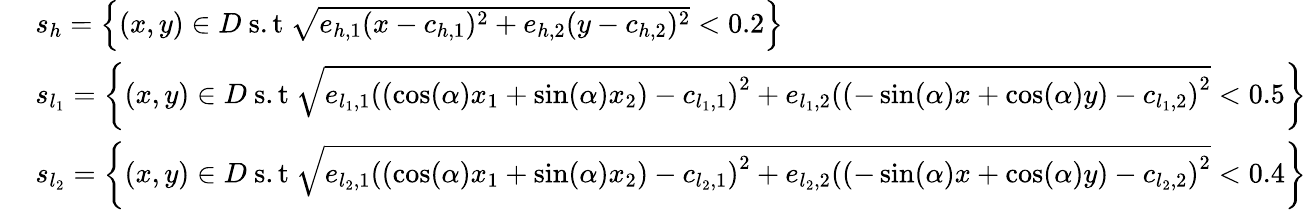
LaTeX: \begin{array}{rl}&{s_{h}=\left\{ (x,y)\in D~\mathrm{s.t}~\sqrt{e_{h,1}(x-c_{h,1})^{2}+e_{h,2}(y-c_{h,2})^{2}}<0.2\right\} }\\ {\ }&{s_{l_{1}}=\left\{ (x,y)\in D~\mathrm{s.t}~\sqrt{e_{l_{1},1}\left(\left(\cos(\alpha)x_{1}+\sin(\alpha)x_{2}\right)-c_{l_{1},1}\right)^{2}+e_{l_{1},2}\left(\left(-\sin(\alpha)x+\cos(\alpha)y\right)-c_{l_{1},2}\right)^{2}}<0.5\right\} }\\ &{s_{l_{2}}=\left\{ (x,y)\in D~\mathrm{s.t}~\sqrt{e_{l_{2},1}\left(\left(\cos(\alpha)x_{1}+\sin(\alpha)x_{2}\right)-c_{l_{2},1}\right)^{2}+e_{l_{2},2}\left(\left(-\sin(\alpha)x+\cos(\alpha)y\right)-c_{l_{2},2}\right)^{2}}<0.4\right\} }\end{array}